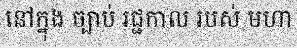
នៅក្នុង ច្បាប់ រជ្ជកាល របស់ មហា